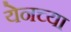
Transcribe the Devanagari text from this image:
येनच्या